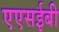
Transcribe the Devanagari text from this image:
एएसईबी